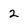
Character: 2